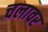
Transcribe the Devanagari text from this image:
चलावर